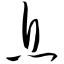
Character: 息